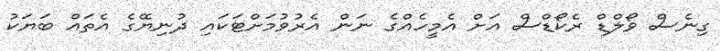
ގިނެސް ވޯލްޑް ރެކޯޑްސް އަށް އެމީހެއްގެ ނަން އެރުވުމަށްޓަކައި ދުނިޔޭގެ އެތައް ބަޔަކު